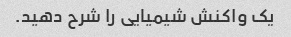
یک واکنش شیمیایی را شرح دهید.